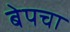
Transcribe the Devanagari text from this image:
बेपचा